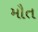
મૌત